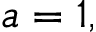
a = 1 ,